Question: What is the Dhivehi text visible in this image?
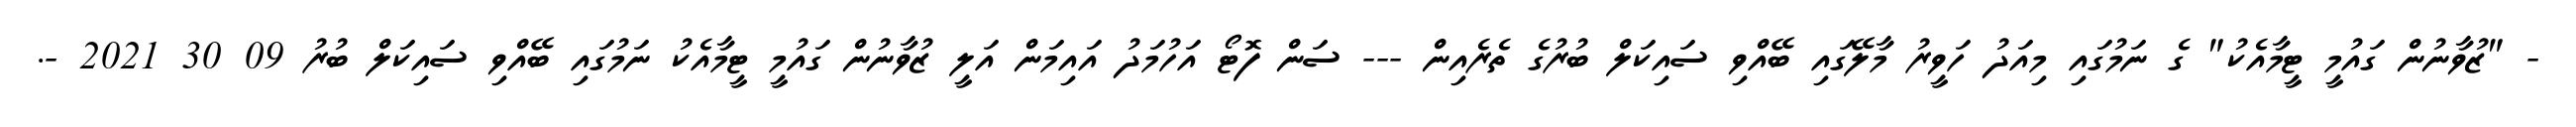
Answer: - "ޒުވާނުން ގައުމީ ޓީމާއެކު" ގެ ނަމުގައި މިއަދު ހަވީރު މާލޭގައި ބޭއްވި ސައިކަލް ބުރުގެ ތެރެއިން --- ސަން ފޮޓޯ އަހުމަދު އައިމަން އަލީ ޒުވާނުން ގައުމީ ޓީމާއެކު ނަމުގައި ބޭއްވި ސައިކަލް ބުރު 09 30 2021 -.